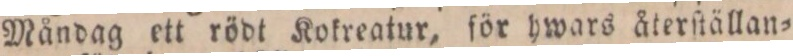
Måndag ett rödt Kokreatur, för hwars återſtällan=